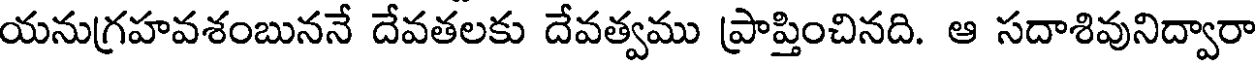
యనుగ్రహవశంబుననే దేవతలకు దేవత్వము ప్రాప్తించినది. ఆ సదాశివునిద్వారా